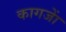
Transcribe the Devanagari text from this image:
कागजाें